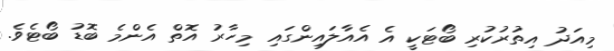
މިއަދު އިތުރުކުރި ބޯޓަކީ އެ އެއާލައިންގައި މިހާރު އޮތް އެންމެ ބޮޑު ބޯޓެވެ.